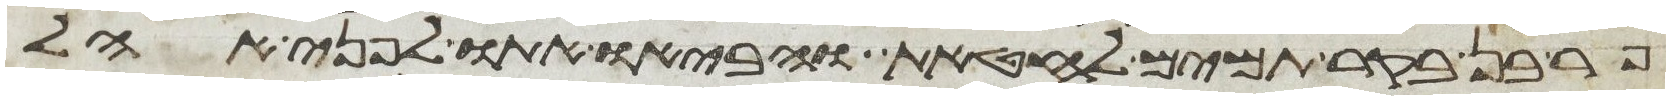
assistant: פר בן בקר תמים לחטאת והביאו אתו לפני אהל